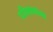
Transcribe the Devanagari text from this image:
परिमाणांच्या